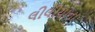
લીલીયાના